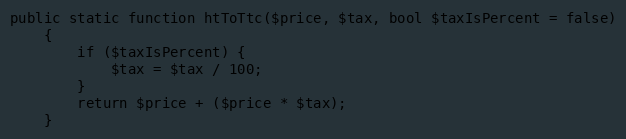
Language: PHP
public static function htToTtc($price, $tax, bool $taxIsPercent = false)
    {
        if ($taxIsPercent) {
            $tax = $tax / 100;
        }
        return $price + ($price * $tax);
    }